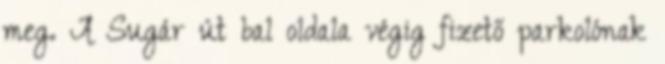
meg. A Sugár út bal oldala végig fizető parkolónak